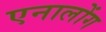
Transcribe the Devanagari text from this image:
एनालोंग